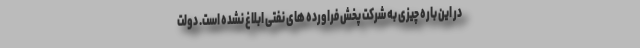
در این باره چیزی به شرکت پخش فراورده های نفتی ابلاغ نشده است. دولت